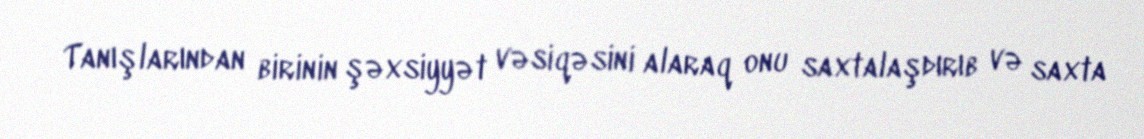
Tanışlarından birinin şəxsiyyət vəsiqəsini alaraq onu saxtalaşdırıb və saxta